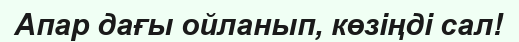
Апар дағы ойланып, көзіңді сал!